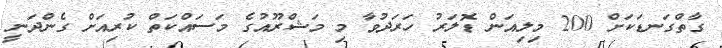
ގާތްގަނޑަކަށް 200 މިލިއަން ޑޮލަރު ހަރަދުވާ މި މަޝްރޫއުގެ މަސައްކަތް ކުރިއަށް ގެންދަނީ